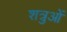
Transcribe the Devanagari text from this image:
शत्रुओें